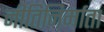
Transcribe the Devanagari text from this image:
नीतिनिर्माता